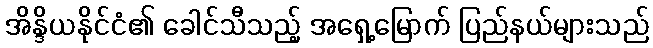
အိန္ဒိယနိုင်ငံ၏ ခေါင်သီသည့် အရှေ့မြောက် ပြည်နယ်များသည်